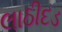
લાઠીદડ